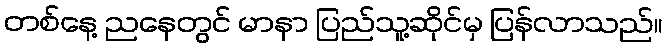
တစ်နေ့ ညနေတွင် မာနာ ပြည်သူ့ဆိုင်မှ ပြန်လာသည်။